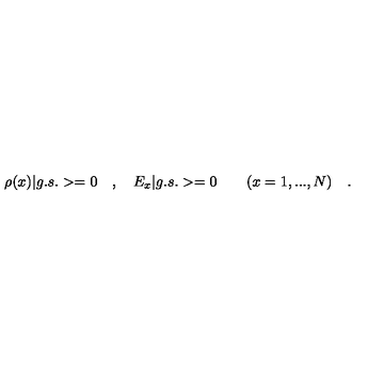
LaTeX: \rho ( x ) | g . s . > = 0 \quad , \quad E _ { x } | g . s . > = 0 \quad \quad ( x = 1 , . . . , N ) \quad .